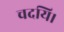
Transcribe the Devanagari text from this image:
चदयि।